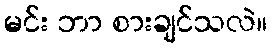
မင်း ဘာ စားချင်သလဲ။